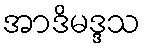
အာဒိမဒ္ဒသ